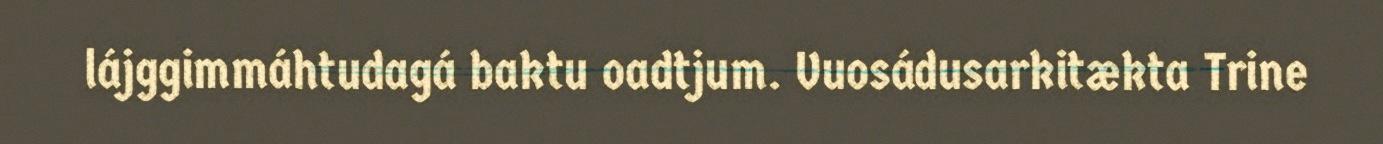
lájggimmáhtudagá baktu oadtjum. Vuosádusarkitækta Trine